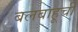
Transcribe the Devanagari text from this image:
बलबाहूची